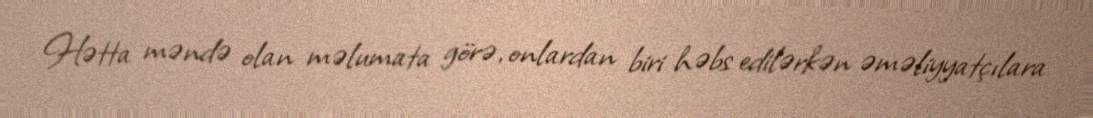
Hətta məndə olan məlumata görə, onlardan biri həbs edilərkən əməliyyatçılara